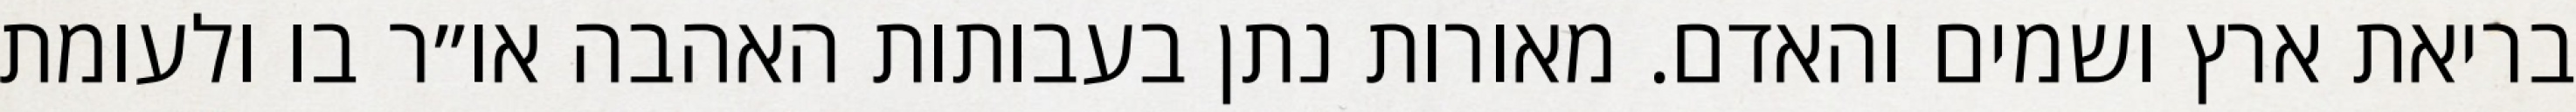
בריאת ארץ ושמים והאדם. מאורות נתן בעבותות האהבה או״ר בו ולעומת